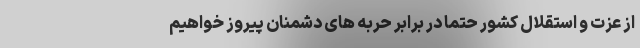
از عزت و استقلال کشور حتماً در برابر حربه های دشمنان پیروز خواهیم